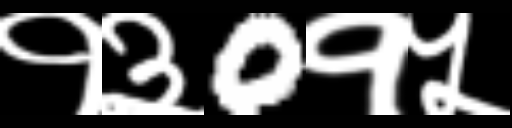
Text: १३0१५